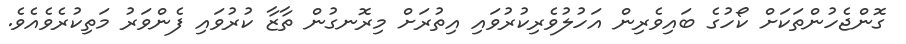
ގޮންޖެހުންތަކަށް ކޯހުގެ ބައިވެރިން އަހުލުވެރިކުރުވައި އިތުރަށް މިރޮނގުން ތާޒާ ކުރުވައި ފެންވަރު މަތިކުރެވެއެވެ.